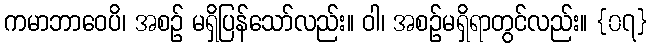
ကမာဘာဝေပိ၊ အစဉ် မရှိပြန်သော်လည်း။ ဝါ၊ အစဉ်မရှိရာတွင်လည်း။ {၀၇}